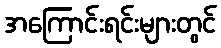
အကြောင်းရင်းများတွင်